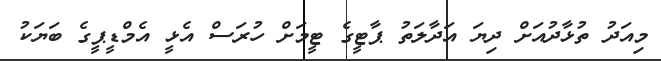
މިއަދު ތުޅާދުއަށް ދިޔަ އަދާލަތު ޕާޓީގެ ޓީމަށް ހުރަސް އެޅީ އެމްޑީޕީގެ ބަޔަކު